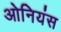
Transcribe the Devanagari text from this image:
ओनियंस